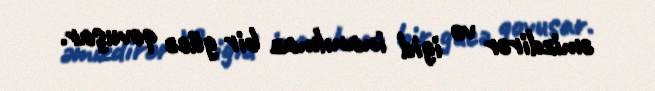
əmizdirər və igid inanılmaz bir gücə qovuşar.